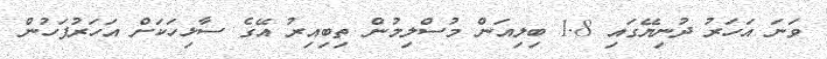
ވަނަ އަހަރު ދުނިޔޭގައި 1.8 ބިލިއަން މުސްލިމުން ތިބިއިރު އޭގެ ސާޅިހަކަށް އަހަރުފަހުން